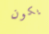
يكون